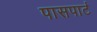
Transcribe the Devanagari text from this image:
पासपार्ट